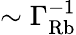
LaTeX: \sim\Gamma_{\mathrm{Rb}}^{-1}